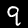
Label: 9